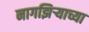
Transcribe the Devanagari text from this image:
नागझिऱ्याच्या